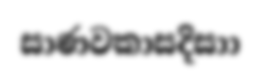
සාණවකාසදිසාා